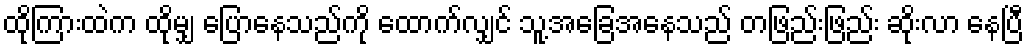
ထိုကြားထဲက ထိုမျှ ပြောနေသည်ကို ထောက်လျှင် သူ့အခြေအနေသည် တဖြည်းဖြည်း ဆိုးလာ နေပြီ